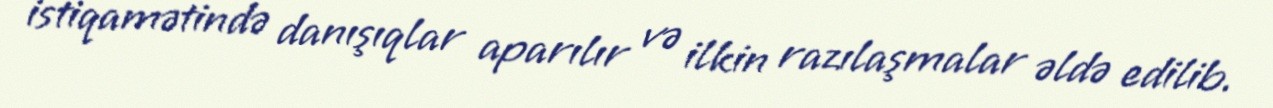
istiqamətində danışıqlar aparılır və ilkin razılaşmalar əldə edilib.